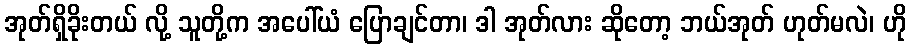
အုတ်ရှိခိုးတယ် လို့ သူတို့က အပေါ်ယံ ပြောချင်တာ၊ ဒါ အုတ်လား ဆိုတော့ ဘယ်အုတ် ဟုတ်မလဲ၊ ဟို